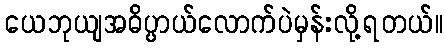
ယေဘုယျအဓိပ္ပာယ်လောက်ပဲမှန်းလို့ရတယ်။